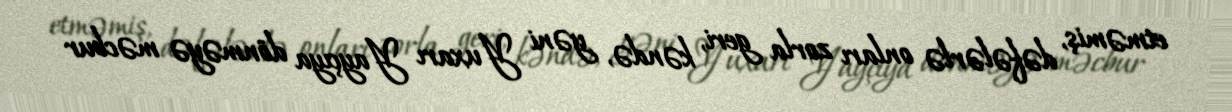
etməmiş, dəfələrlə onları zorla geri, kəndə, yəni Yuxarı Yayçıya dönməyə məcbur